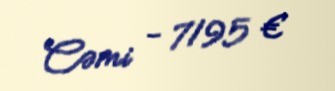
Cəmi - 7195 €